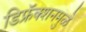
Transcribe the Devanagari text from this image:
डिफ्रॅक्शनमुळे